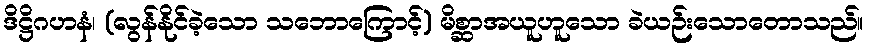
ဒိဋ္ဌိဂဟနံ၊ (လွန်နိုင်ခဲ့သော သဘောကြောင့်) မိစ္ဆာအယူဟူသော ခဲယဉ်းသောတောသည်။